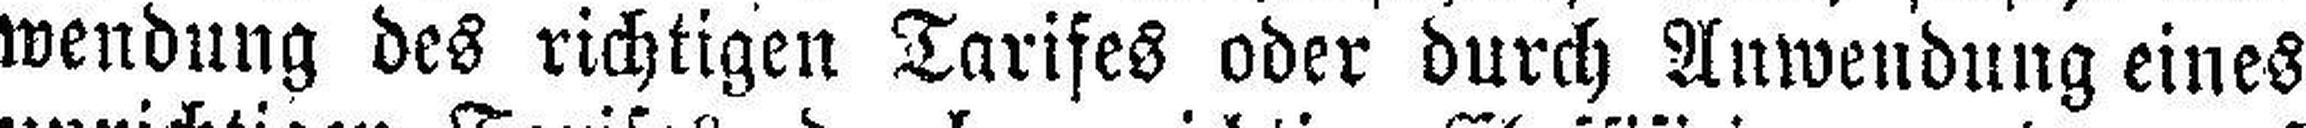
wendung des richtigen Tarifes oder durch Anwendung eines